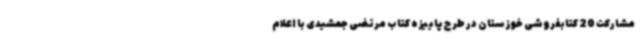
مشارکت 20 کتابفروشی خوزستان در طرح پاییزه کتاب مرتضی جمشیدی با اعلام